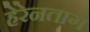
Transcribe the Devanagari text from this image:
हेरेनताग